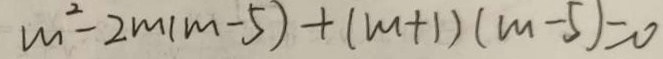
m ^ { 2 } - 2 m ( m - 5 ) + ( m + 1 ) ( m - 5 ) = 0